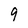
Character: 9